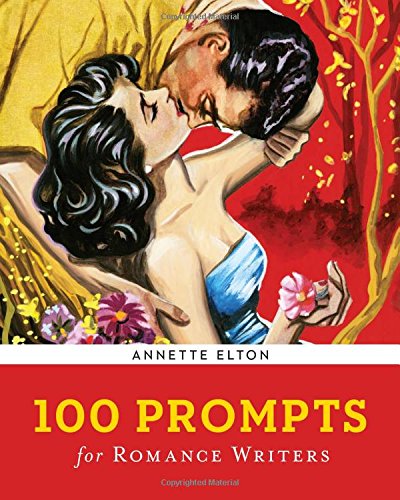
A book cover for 100 Prompts for Romance Writers (Writer's Muse); Annette Elton; Romance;